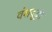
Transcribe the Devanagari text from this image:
वंशवृद्धी